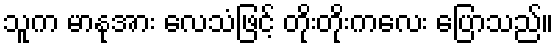
သူက မာနုအား လေသံဖြင့် တိုးတိုးကလေး ပြောသည်။